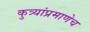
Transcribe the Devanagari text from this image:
कुत्र्यांप्रमाणेच